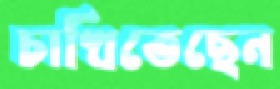
চাখিতেছেন